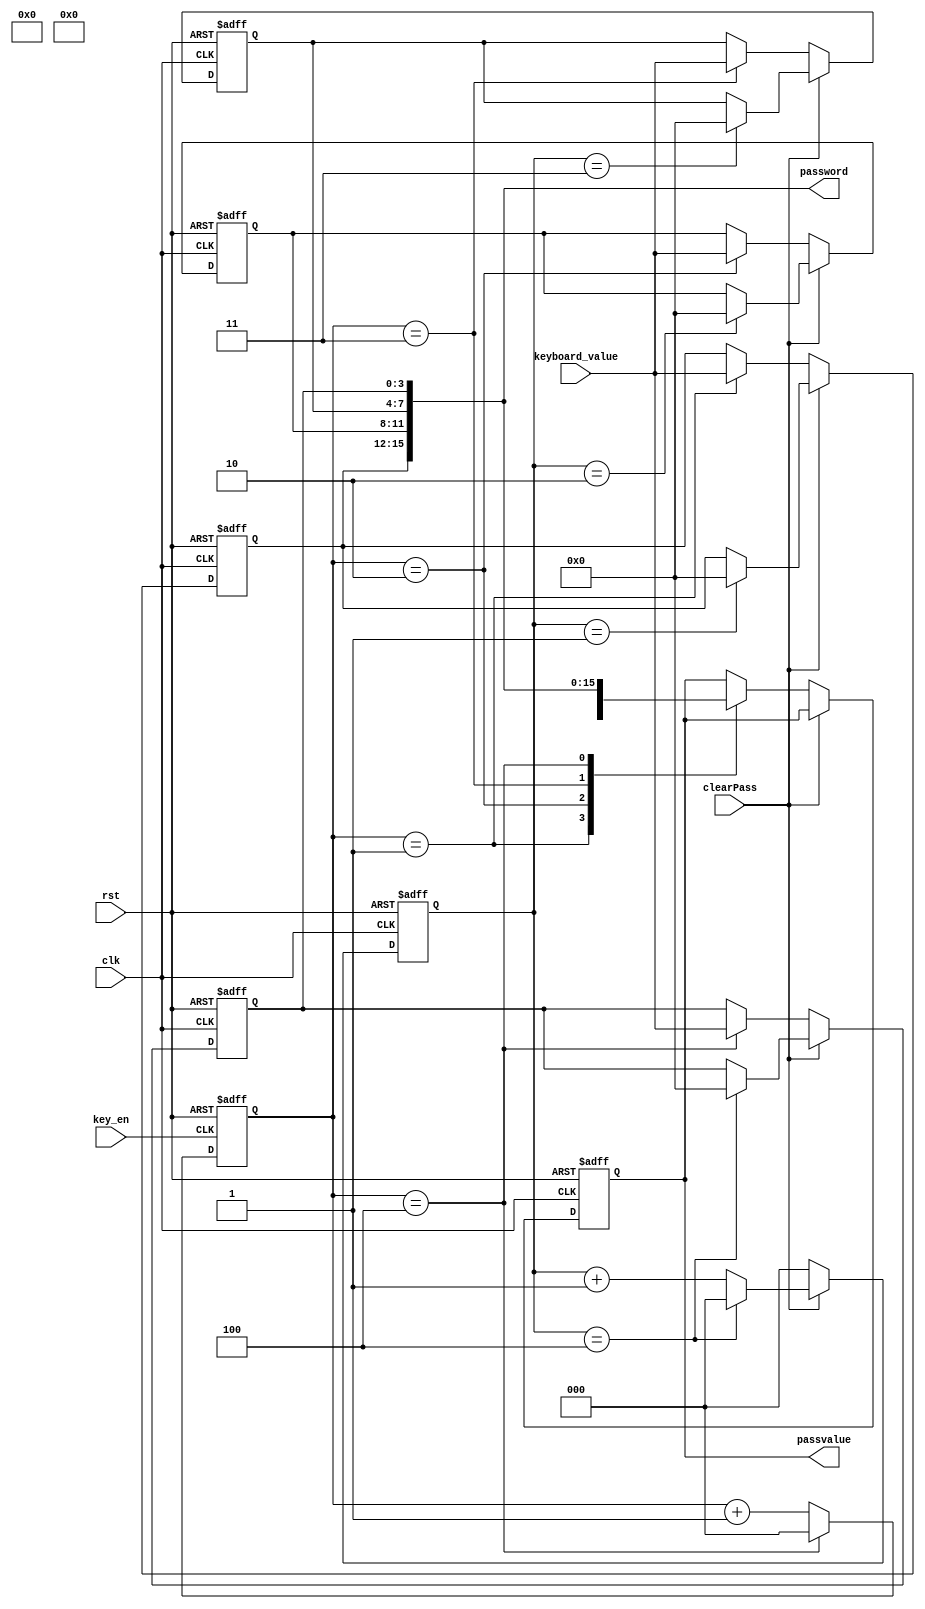
`timescale 1ns / 1ps
//////////////////////////////////////////////////////////////////////////////////
// Company: 
// Engineer: 
// 
// Design Name: 
// Module Name: confirm2
// Project Name: 
// Target Devices: 
// Tool Versions: 
// Description: 
// 
// Dependencies: 
// 
// Revision:
// Revision 0.01 - File Created
// Additional Comments:
// 
//////////////////////////////////////////////////////////////////////////////////


module clearPass(
    input clk ,
    input rst,
    input [3:0] keyboard_value,
    input key_en,
    input clearPass,
   // output reg [15:0] passvalue,
    output [15:0] passvalue,
    output [15:0] password
    );
    reg [2:0] jishu;
    always @(posedge key_en or negedge rst)
       begin
           if(!rst)
               jishu <= 3'b000;
           else
                begin
                    if(key_en)
                        begin
                            jishu <= jishu +1;     
                                if(jishu == 3'd4)
                                     jishu <= 3'b000;
                        end
                    else
                        jishu <= 3'b000;
                end
       end    
       reg [2:0] count;
    always @(posedge clk or negedge rst)
        begin
            if(!rst)
                count <= 3'd0;
            else
                begin
                    if(clearPass)
                        begin
                            count <= count + 1;
                                if(count == 3'd4)
                                    count <= 3'b000;
                        end
                    else
                        count <= 3'b000;
                end
        end

    reg [3:0] value1,value2,value3,value4;
    reg [15:0] passvalue3,passvalue2;
    always @(posedge clk or negedge rst)
        begin
            if(!rst)
                 begin
                    passvalue3 <= 16'd0;
                     value1      <= 4'd0;
                     value2      <= 4'd0;
                     value3      <= 4'd0;
                     value4      <= 4'd0;
                 end
           /* else  if(clearPass)
                     passvalue <= 16'd0;    */
        else if(clearPass)
            begin
                      case(count)
                           3'b001:  value1 <= 4'b0000;
                           3'b010:  value2 <= 4'b0000;
                           3'b011:  value3 <= 4'b0000;
                           3'b100:  value4 <= 4'b0000; 
                           default: begin value1 <= value1; value2 <= value2; value3 <= value3; value4 <= value4; end
                       endcase 
           end
     else 
            begin
                case(jishu)
                    3'b001:  value1  <= keyboard_value[3:0]; 
                    3'b010:  value2  <= keyboard_value[3:0]; 
                    3'b011:  value3  <= keyboard_value[3:0]; 
                    3'b100:  value4  <= keyboard_value[3:0]; 
                    default:;
                endcase
                case(jishu)
                    3'b001:  passvalue3 <= {4'b0000,4'b0000,4'b0000,value1};
                    3'b010:  passvalue3 <= {4'b0000,4'b0000,value1,value2};
                    3'b011:  passvalue3 <= {4'b0000,value1,value2,value3}; 
                    3'b100:  passvalue3 <= {value1,value2,value3,value4}; 
                    default:;
                endcase
                
               /* case(count)
                    3'b001:  passvalue2 <= {value1,value2,value3,4'b0000}; 
                    3'b010:  passvalue2 <= {value1,value2,4'b0000,4'b0000};
                    3'b011:  passvalue2 <= {value1,4'b0000,4'b0000,4'b0000};
                    3'b100:  passvalue2 <= {4'b0000,4'b0000,4'b0000,4'b0000}; 
                    default: passvalue2 <= passvalue2;
                endcase  */
            end   
                    
        end
        assign passvalue = passvalue3;
        //assign passvalue = (clearPass) ? passvalue2:passvalue3;
        assign password = {value1,value2,value3,value4};
endmodule